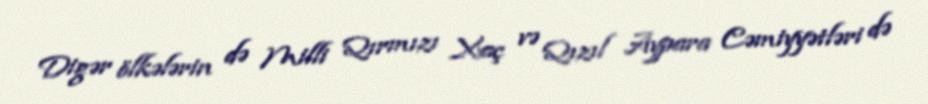
Digər ölkələrin də Milli Qırmızı Xaç və Qızıl Aypara Cəmiyyətləri də